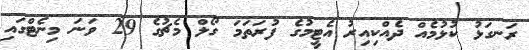
ރަނގަޅު ކުޅުމެއް ދެއްކިއިރު އެޓީމުގެ ފުރަތަމަ ގޯލް މެޗުގެ 29 ވަނަ މިނެޓްގައި